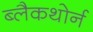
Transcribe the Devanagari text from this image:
ब्लैकथोर्न